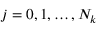
j = 0 , 1 , \ldots , N _ { k }